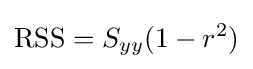
\operatorname {RSS} =S_{yy}(1-r^{2})